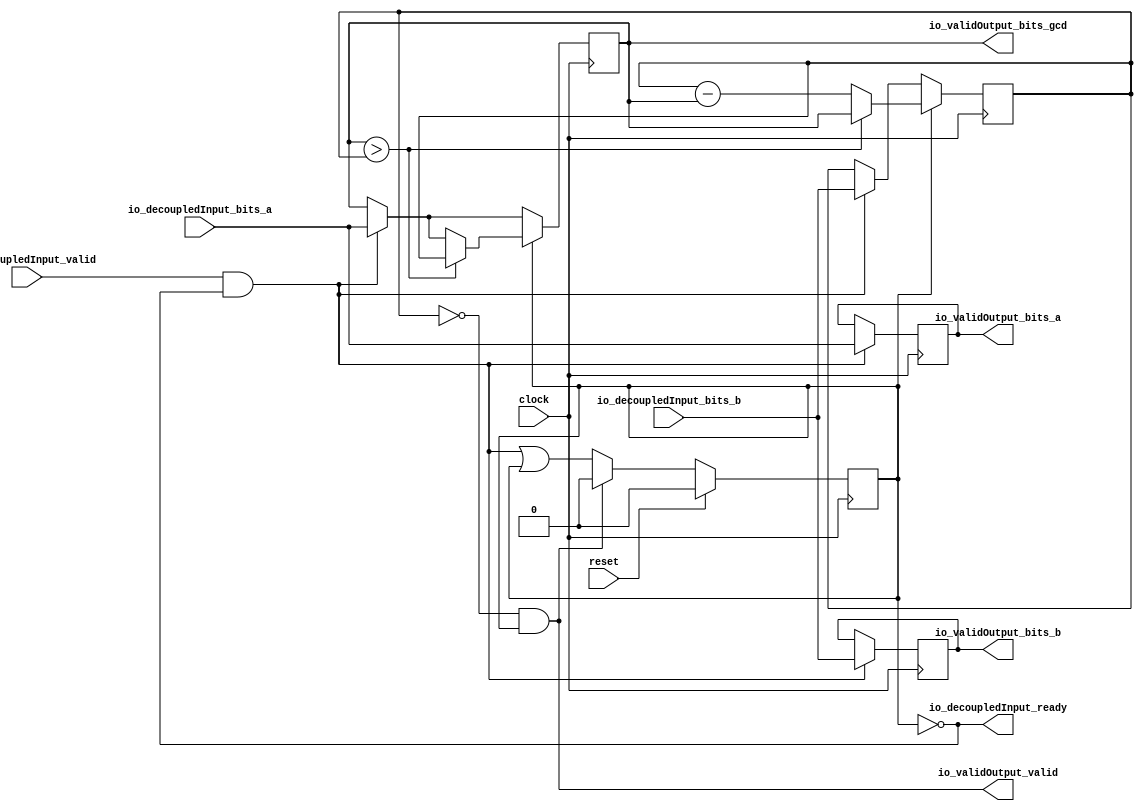
module GcdEngine(
  input         clock,
  input         reset,
  output        io_decoupledInput_ready,
  input         io_decoupledInput_valid,
  input  [15:0] io_decoupledInput_bits_a,
  input  [15:0] io_decoupledInput_bits_b,
  output        io_validOutput_valid,
  output [15:0] io_validOutput_bits_a,
  output [15:0] io_validOutput_bits_b,
  output [15:0] io_validOutput_bits_gcd
);
`ifdef RANDOMIZE_REG_INIT
  reg [31:0] _RAND_0;
  reg [31:0] _RAND_1;
  reg [31:0] _RAND_2;
  reg [31:0] _RAND_3;
  reg [31:0] _RAND_4;
`endif // RANDOMIZE_REG_INIT
  reg [15:0] x; // @[ConcurrentDecoupledTestingSpec.scala 38:14]
  reg [15:0] y; // @[ConcurrentDecoupledTestingSpec.scala 39:14]
  reg [15:0] xOriginal; // @[ConcurrentDecoupledTestingSpec.scala 40:22]
  reg [15:0] yOriginal; // @[ConcurrentDecoupledTestingSpec.scala 41:22]
  reg  busy; // @[ConcurrentDecoupledTestingSpec.scala 42:21]
  wire  _T_20 = ~busy; // @[ConcurrentDecoupledTestingSpec.scala 44:30]
  wire [15:0] _GEN_0 = io_decoupledInput_valid & _T_20 ? io_decoupledInput_bits_a : x; // @[ConcurrentDecoupledTestingSpec.scala 46:42 ConcurrentDecoupledTestingSpec.scala 47:7 ConcurrentDecoupledTestingSpec.scala 38:14]
  wire [15:0] _GEN_1 = io_decoupledInput_valid & _T_20 ? io_decoupledInput_bits_b : y; // @[ConcurrentDecoupledTestingSpec.scala 46:42 ConcurrentDecoupledTestingSpec.scala 48:7 ConcurrentDecoupledTestingSpec.scala 39:14]
  wire  _GEN_4 = io_decoupledInput_valid & _T_20 | busy; // @[ConcurrentDecoupledTestingSpec.scala 46:42 ConcurrentDecoupledTestingSpec.scala 51:10 ConcurrentDecoupledTestingSpec.scala 42:21]
  wire  _T_27 = ~(x > y); // @[ConcurrentDecoupledTestingSpec.scala 55:17]
  wire [15:0] _T_30 = y - x; // @[ConcurrentDecoupledTestingSpec.scala 60:16]
  assign io_decoupledInput_ready = ~busy; // @[ConcurrentDecoupledTestingSpec.scala 44:30]
  assign io_validOutput_valid = y == 16'h0 & busy; // @[ConcurrentDecoupledTestingSpec.scala 67:40]
  assign io_validOutput_bits_a = xOriginal; // @[ConcurrentDecoupledTestingSpec.scala 65:27]
  assign io_validOutput_bits_b = yOriginal; // @[ConcurrentDecoupledTestingSpec.scala 66:27]
  assign io_validOutput_bits_gcd = x; // @[ConcurrentDecoupledTestingSpec.scala 64:27]
  always @(posedge clock) begin
    if (busy) begin // @[ConcurrentDecoupledTestingSpec.scala 54:14]
      if (x > y) begin // @[ConcurrentDecoupledTestingSpec.scala 55:17]
        x <= y; // @[ConcurrentDecoupledTestingSpec.scala 56:9]
      end else begin
        x <= _GEN_0;
      end
    end else begin
      x <= _GEN_0;
    end
    if (busy) begin // @[ConcurrentDecoupledTestingSpec.scala 54:14]
      if (_T_27) begin // @[ConcurrentDecoupledTestingSpec.scala 59:18]
        y <= _T_30; // @[ConcurrentDecoupledTestingSpec.scala 60:11]
      end else if (x > y) begin // @[ConcurrentDecoupledTestingSpec.scala 55:17]
        y <= x; // @[ConcurrentDecoupledTestingSpec.scala 57:9]
      end else begin
        y <= _GEN_1;
      end
    end else begin
      y <= _GEN_1;
    end
    if (io_decoupledInput_valid & _T_20) begin // @[ConcurrentDecoupledTestingSpec.scala 46:42]
      xOriginal <= io_decoupledInput_bits_a; // @[ConcurrentDecoupledTestingSpec.scala 49:15]
    end
    if (io_decoupledInput_valid & _T_20) begin // @[ConcurrentDecoupledTestingSpec.scala 46:42]
      yOriginal <= io_decoupledInput_bits_b; // @[ConcurrentDecoupledTestingSpec.scala 50:15]
    end
    if (reset) begin // @[ConcurrentDecoupledTestingSpec.scala 42:21]
      busy <= 1'h0; // @[ConcurrentDecoupledTestingSpec.scala 42:21]
    end else if (io_validOutput_valid) begin // @[ConcurrentDecoupledTestingSpec.scala 68:30]
      busy <= 1'h0; // @[ConcurrentDecoupledTestingSpec.scala 69:10]
    end else begin
      busy <= _GEN_4;
    end
  end
// Register and memory initialization
`ifdef RANDOMIZE_GARBAGE_ASSIGN
`define RANDOMIZE
`endif
`ifdef RANDOMIZE_INVALID_ASSIGN
`define RANDOMIZE
`endif
`ifdef RANDOMIZE_REG_INIT
`define RANDOMIZE
`endif
`ifdef RANDOMIZE_MEM_INIT
`define RANDOMIZE
`endif
`ifndef RANDOM
`define RANDOM $random
`endif
`ifdef RANDOMIZE_MEM_INIT
  integer initvar;
`endif
`ifndef SYNTHESIS
`ifdef FIRRTL_BEFORE_INITIAL
`FIRRTL_BEFORE_INITIAL
`endif
initial begin
  `ifdef RANDOMIZE
    `ifdef INIT_RANDOM
      `INIT_RANDOM
    `endif
    `ifndef VERILATOR
      `ifdef RANDOMIZE_DELAY
        #`RANDOMIZE_DELAY begin end
      `else
        #0.002 begin end
      `endif
    `endif
`ifdef RANDOMIZE_REG_INIT
  _RAND_0 = {1{`RANDOM}};
  x = _RAND_0[15:0];
  _RAND_1 = {1{`RANDOM}};
  y = _RAND_1[15:0];
  _RAND_2 = {1{`RANDOM}};
  xOriginal = _RAND_2[15:0];
  _RAND_3 = {1{`RANDOM}};
  yOriginal = _RAND_3[15:0];
  _RAND_4 = {1{`RANDOM}};
  busy = _RAND_4[0:0];
`endif // RANDOMIZE_REG_INIT
  `endif // RANDOMIZE
end // initial
`ifdef FIRRTL_AFTER_INITIAL
`FIRRTL_AFTER_INITIAL
`endif
`endif // SYNTHESIS
endmodule
module MultiGcdCalculator(
  input         clock,
  input         reset,
  output        io_input_0_ready,
  input         io_input_0_valid,
  input  [15:0] io_input_0_bits_a,
  input  [15:0] io_input_0_bits_b,
  output        io_input_1_ready,
  input         io_input_1_valid,
  input  [15:0] io_input_1_bits_a,
  input  [15:0] io_input_1_bits_b,
  output        io_input_2_ready,
  input         io_input_2_valid,
  input  [15:0] io_input_2_bits_a,
  input  [15:0] io_input_2_bits_b,
  output        io_input_3_ready,
  input         io_input_3_valid,
  input  [15:0] io_input_3_bits_a,
  input  [15:0] io_input_3_bits_b,
  output        io_output_0_valid,
  output [15:0] io_output_0_bits_a,
  output [15:0] io_output_0_bits_b,
  output [15:0] io_output_0_bits_gcd,
  output        io_output_1_valid,
  output [15:0] io_output_1_bits_a,
  output [15:0] io_output_1_bits_b,
  output [15:0] io_output_1_bits_gcd,
  output        io_output_2_valid,
  output [15:0] io_output_2_bits_a,
  output [15:0] io_output_2_bits_b,
  output [15:0] io_output_2_bits_gcd,
  output        io_output_3_valid,
  output [15:0] io_output_3_bits_a,
  output [15:0] io_output_3_bits_b,
  output [15:0] io_output_3_bits_gcd
);
  wire  GcdEngine_clock; // @[ConcurrentDecoupledTestingSpec.scala 84:24]
  wire  GcdEngine_reset; // @[ConcurrentDecoupledTestingSpec.scala 84:24]
  wire  GcdEngine_io_decoupledInput_ready; // @[ConcurrentDecoupledTestingSpec.scala 84:24]
  wire  GcdEngine_io_decoupledInput_valid; // @[ConcurrentDecoupledTestingSpec.scala 84:24]
  wire [15:0] GcdEngine_io_decoupledInput_bits_a; // @[ConcurrentDecoupledTestingSpec.scala 84:24]
  wire [15:0] GcdEngine_io_decoupledInput_bits_b; // @[ConcurrentDecoupledTestingSpec.scala 84:24]
  wire  GcdEngine_io_validOutput_valid; // @[ConcurrentDecoupledTestingSpec.scala 84:24]
  wire [15:0] GcdEngine_io_validOutput_bits_a; // @[ConcurrentDecoupledTestingSpec.scala 84:24]
  wire [15:0] GcdEngine_io_validOutput_bits_b; // @[ConcurrentDecoupledTestingSpec.scala 84:24]
  wire [15:0] GcdEngine_io_validOutput_bits_gcd; // @[ConcurrentDecoupledTestingSpec.scala 84:24]
  wire  GcdEngine_1_clock; // @[ConcurrentDecoupledTestingSpec.scala 84:24]
  wire  GcdEngine_1_reset; // @[ConcurrentDecoupledTestingSpec.scala 84:24]
  wire  GcdEngine_1_io_decoupledInput_ready; // @[ConcurrentDecoupledTestingSpec.scala 84:24]
  wire  GcdEngine_1_io_decoupledInput_valid; // @[ConcurrentDecoupledTestingSpec.scala 84:24]
  wire [15:0] GcdEngine_1_io_decoupledInput_bits_a; // @[ConcurrentDecoupledTestingSpec.scala 84:24]
  wire [15:0] GcdEngine_1_io_decoupledInput_bits_b; // @[ConcurrentDecoupledTestingSpec.scala 84:24]
  wire  GcdEngine_1_io_validOutput_valid; // @[ConcurrentDecoupledTestingSpec.scala 84:24]
  wire [15:0] GcdEngine_1_io_validOutput_bits_a; // @[ConcurrentDecoupledTestingSpec.scala 84:24]
  wire [15:0] GcdEngine_1_io_validOutput_bits_b; // @[ConcurrentDecoupledTestingSpec.scala 84:24]
  wire [15:0] GcdEngine_1_io_validOutput_bits_gcd; // @[ConcurrentDecoupledTestingSpec.scala 84:24]
  wire  GcdEngine_2_clock; // @[ConcurrentDecoupledTestingSpec.scala 84:24]
  wire  GcdEngine_2_reset; // @[ConcurrentDecoupledTestingSpec.scala 84:24]
  wire  GcdEngine_2_io_decoupledInput_ready; // @[ConcurrentDecoupledTestingSpec.scala 84:24]
  wire  GcdEngine_2_io_decoupledInput_valid; // @[ConcurrentDecoupledTestingSpec.scala 84:24]
  wire [15:0] GcdEngine_2_io_decoupledInput_bits_a; // @[ConcurrentDecoupledTestingSpec.scala 84:24]
  wire [15:0] GcdEngine_2_io_decoupledInput_bits_b; // @[ConcurrentDecoupledTestingSpec.scala 84:24]
  wire  GcdEngine_2_io_validOutput_valid; // @[ConcurrentDecoupledTestingSpec.scala 84:24]
  wire [15:0] GcdEngine_2_io_validOutput_bits_a; // @[ConcurrentDecoupledTestingSpec.scala 84:24]
  wire [15:0] GcdEngine_2_io_validOutput_bits_b; // @[ConcurrentDecoupledTestingSpec.scala 84:24]
  wire [15:0] GcdEngine_2_io_validOutput_bits_gcd; // @[ConcurrentDecoupledTestingSpec.scala 84:24]
  wire  GcdEngine_3_clock; // @[ConcurrentDecoupledTestingSpec.scala 84:24]
  wire  GcdEngine_3_reset; // @[ConcurrentDecoupledTestingSpec.scala 84:24]
  wire  GcdEngine_3_io_decoupledInput_ready; // @[ConcurrentDecoupledTestingSpec.scala 84:24]
  wire  GcdEngine_3_io_decoupledInput_valid; // @[ConcurrentDecoupledTestingSpec.scala 84:24]
  wire [15:0] GcdEngine_3_io_decoupledInput_bits_a; // @[ConcurrentDecoupledTestingSpec.scala 84:24]
  wire [15:0] GcdEngine_3_io_decoupledInput_bits_b; // @[ConcurrentDecoupledTestingSpec.scala 84:24]
  wire  GcdEngine_3_io_validOutput_valid; // @[ConcurrentDecoupledTestingSpec.scala 84:24]
  wire [15:0] GcdEngine_3_io_validOutput_bits_a; // @[ConcurrentDecoupledTestingSpec.scala 84:24]
  wire [15:0] GcdEngine_3_io_validOutput_bits_b; // @[ConcurrentDecoupledTestingSpec.scala 84:24]
  wire [15:0] GcdEngine_3_io_validOutput_bits_gcd; // @[ConcurrentDecoupledTestingSpec.scala 84:24]
  GcdEngine GcdEngine ( // @[ConcurrentDecoupledTestingSpec.scala 84:24]
    .clock(GcdEngine_clock),
    .reset(GcdEngine_reset),
    .io_decoupledInput_ready(GcdEngine_io_decoupledInput_ready),
    .io_decoupledInput_valid(GcdEngine_io_decoupledInput_valid),
    .io_decoupledInput_bits_a(GcdEngine_io_decoupledInput_bits_a),
    .io_decoupledInput_bits_b(GcdEngine_io_decoupledInput_bits_b),
    .io_validOutput_valid(GcdEngine_io_validOutput_valid),
    .io_validOutput_bits_a(GcdEngine_io_validOutput_bits_a),
    .io_validOutput_bits_b(GcdEngine_io_validOutput_bits_b),
    .io_validOutput_bits_gcd(GcdEngine_io_validOutput_bits_gcd)
  );
  GcdEngine GcdEngine_1 ( // @[ConcurrentDecoupledTestingSpec.scala 84:24]
    .clock(GcdEngine_1_clock),
    .reset(GcdEngine_1_reset),
    .io_decoupledInput_ready(GcdEngine_1_io_decoupledInput_ready),
    .io_decoupledInput_valid(GcdEngine_1_io_decoupledInput_valid),
    .io_decoupledInput_bits_a(GcdEngine_1_io_decoupledInput_bits_a),
    .io_decoupledInput_bits_b(GcdEngine_1_io_decoupledInput_bits_b),
    .io_validOutput_valid(GcdEngine_1_io_validOutput_valid),
    .io_validOutput_bits_a(GcdEngine_1_io_validOutput_bits_a),
    .io_validOutput_bits_b(GcdEngine_1_io_validOutput_bits_b),
    .io_validOutput_bits_gcd(GcdEngine_1_io_validOutput_bits_gcd)
  );
  GcdEngine GcdEngine_2 ( // @[ConcurrentDecoupledTestingSpec.scala 84:24]
    .clock(GcdEngine_2_clock),
    .reset(GcdEngine_2_reset),
    .io_decoupledInput_ready(GcdEngine_2_io_decoupledInput_ready),
    .io_decoupledInput_valid(GcdEngine_2_io_decoupledInput_valid),
    .io_decoupledInput_bits_a(GcdEngine_2_io_decoupledInput_bits_a),
    .io_decoupledInput_bits_b(GcdEngine_2_io_decoupledInput_bits_b),
    .io_validOutput_valid(GcdEngine_2_io_validOutput_valid),
    .io_validOutput_bits_a(GcdEngine_2_io_validOutput_bits_a),
    .io_validOutput_bits_b(GcdEngine_2_io_validOutput_bits_b),
    .io_validOutput_bits_gcd(GcdEngine_2_io_validOutput_bits_gcd)
  );
  GcdEngine GcdEngine_3 ( // @[ConcurrentDecoupledTestingSpec.scala 84:24]
    .clock(GcdEngine_3_clock),
    .reset(GcdEngine_3_reset),
    .io_decoupledInput_ready(GcdEngine_3_io_decoupledInput_ready),
    .io_decoupledInput_valid(GcdEngine_3_io_decoupledInput_valid),
    .io_decoupledInput_bits_a(GcdEngine_3_io_decoupledInput_bits_a),
    .io_decoupledInput_bits_b(GcdEngine_3_io_decoupledInput_bits_b),
    .io_validOutput_valid(GcdEngine_3_io_validOutput_valid),
    .io_validOutput_bits_a(GcdEngine_3_io_validOutput_bits_a),
    .io_validOutput_bits_b(GcdEngine_3_io_validOutput_bits_b),
    .io_validOutput_bits_gcd(GcdEngine_3_io_validOutput_bits_gcd)
  );
  assign io_input_0_ready = GcdEngine_io_decoupledInput_ready; // @[ConcurrentDecoupledTestingSpec.scala 85:30]
  assign io_input_1_ready = GcdEngine_1_io_decoupledInput_ready; // @[ConcurrentDecoupledTestingSpec.scala 85:30]
  assign io_input_2_ready = GcdEngine_2_io_decoupledInput_ready; // @[ConcurrentDecoupledTestingSpec.scala 85:30]
  assign io_input_3_ready = GcdEngine_3_io_decoupledInput_ready; // @[ConcurrentDecoupledTestingSpec.scala 85:30]
  assign io_output_0_valid = GcdEngine_io_validOutput_valid; // @[ConcurrentDecoupledTestingSpec.scala 86:27]
  assign io_output_0_bits_a = GcdEngine_io_validOutput_bits_a; // @[ConcurrentDecoupledTestingSpec.scala 86:27]
  assign io_output_0_bits_b = GcdEngine_io_validOutput_bits_b; // @[ConcurrentDecoupledTestingSpec.scala 86:27]
  assign io_output_0_bits_gcd = GcdEngine_io_validOutput_bits_gcd; // @[ConcurrentDecoupledTestingSpec.scala 86:27]
  assign io_output_1_valid = GcdEngine_1_io_validOutput_valid; // @[ConcurrentDecoupledTestingSpec.scala 86:27]
  assign io_output_1_bits_a = GcdEngine_1_io_validOutput_bits_a; // @[ConcurrentDecoupledTestingSpec.scala 86:27]
  assign io_output_1_bits_b = GcdEngine_1_io_validOutput_bits_b; // @[ConcurrentDecoupledTestingSpec.scala 86:27]
  assign io_output_1_bits_gcd = GcdEngine_1_io_validOutput_bits_gcd; // @[ConcurrentDecoupledTestingSpec.scala 86:27]
  assign io_output_2_valid = GcdEngine_2_io_validOutput_valid; // @[ConcurrentDecoupledTestingSpec.scala 86:27]
  assign io_output_2_bits_a = GcdEngine_2_io_validOutput_bits_a; // @[ConcurrentDecoupledTestingSpec.scala 86:27]
  assign io_output_2_bits_b = GcdEngine_2_io_validOutput_bits_b; // @[ConcurrentDecoupledTestingSpec.scala 86:27]
  assign io_output_2_bits_gcd = GcdEngine_2_io_validOutput_bits_gcd; // @[ConcurrentDecoupledTestingSpec.scala 86:27]
  assign io_output_3_valid = GcdEngine_3_io_validOutput_valid; // @[ConcurrentDecoupledTestingSpec.scala 86:27]
  assign io_output_3_bits_a = GcdEngine_3_io_validOutput_bits_a; // @[ConcurrentDecoupledTestingSpec.scala 86:27]
  assign io_output_3_bits_b = GcdEngine_3_io_validOutput_bits_b; // @[ConcurrentDecoupledTestingSpec.scala 86:27]
  assign io_output_3_bits_gcd = GcdEngine_3_io_validOutput_bits_gcd; // @[ConcurrentDecoupledTestingSpec.scala 86:27]
  assign GcdEngine_clock = clock;
  assign GcdEngine_reset = reset;
  assign GcdEngine_io_decoupledInput_valid = io_input_0_valid; // @[ConcurrentDecoupledTestingSpec.scala 85:30]
  assign GcdEngine_io_decoupledInput_bits_a = io_input_0_bits_a; // @[ConcurrentDecoupledTestingSpec.scala 85:30]
  assign GcdEngine_io_decoupledInput_bits_b = io_input_0_bits_b; // @[ConcurrentDecoupledTestingSpec.scala 85:30]
  assign GcdEngine_1_clock = clock;
  assign GcdEngine_1_reset = reset;
  assign GcdEngine_1_io_decoupledInput_valid = io_input_1_valid; // @[ConcurrentDecoupledTestingSpec.scala 85:30]
  assign GcdEngine_1_io_decoupledInput_bits_a = io_input_1_bits_a; // @[ConcurrentDecoupledTestingSpec.scala 85:30]
  assign GcdEngine_1_io_decoupledInput_bits_b = io_input_1_bits_b; // @[ConcurrentDecoupledTestingSpec.scala 85:30]
  assign GcdEngine_2_clock = clock;
  assign GcdEngine_2_reset = reset;
  assign GcdEngine_2_io_decoupledInput_valid = io_input_2_valid; // @[ConcurrentDecoupledTestingSpec.scala 85:30]
  assign GcdEngine_2_io_decoupledInput_bits_a = io_input_2_bits_a; // @[ConcurrentDecoupledTestingSpec.scala 85:30]
  assign GcdEngine_2_io_decoupledInput_bits_b = io_input_2_bits_b; // @[ConcurrentDecoupledTestingSpec.scala 85:30]
  assign GcdEngine_3_clock = clock;
  assign GcdEngine_3_reset = reset;
  assign GcdEngine_3_io_decoupledInput_valid = io_input_3_valid; // @[ConcurrentDecoupledTestingSpec.scala 85:30]
  assign GcdEngine_3_io_decoupledInput_bits_a = io_input_3_bits_a; // @[ConcurrentDecoupledTestingSpec.scala 85:30]
  assign GcdEngine_3_io_decoupledInput_bits_b = io_input_3_bits_b; // @[ConcurrentDecoupledTestingSpec.scala 85:30]
endmodule